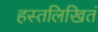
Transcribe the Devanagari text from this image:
हस्तलिखितं